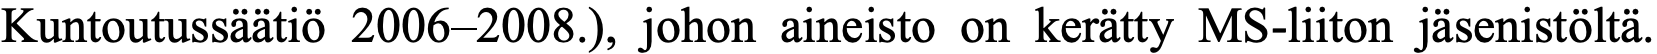
Kuntoutussäätiö 2006–2008.), johon aineisto on kerätty MS-liiton jäsenistöltä.